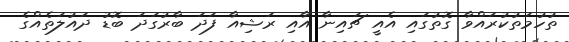
ތުހުމަތުކުރައްވާ ގޮތުގައި އެއީ ޗައިނާ އާއި ރަޝިއާ ފަދަ ބާރުގަދަ ބޮޑު ދައުލަތެއްގެ